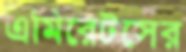
এমিরেটসের